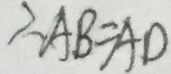
\therefore A B = A D